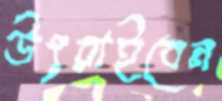
উৎরাইবেন